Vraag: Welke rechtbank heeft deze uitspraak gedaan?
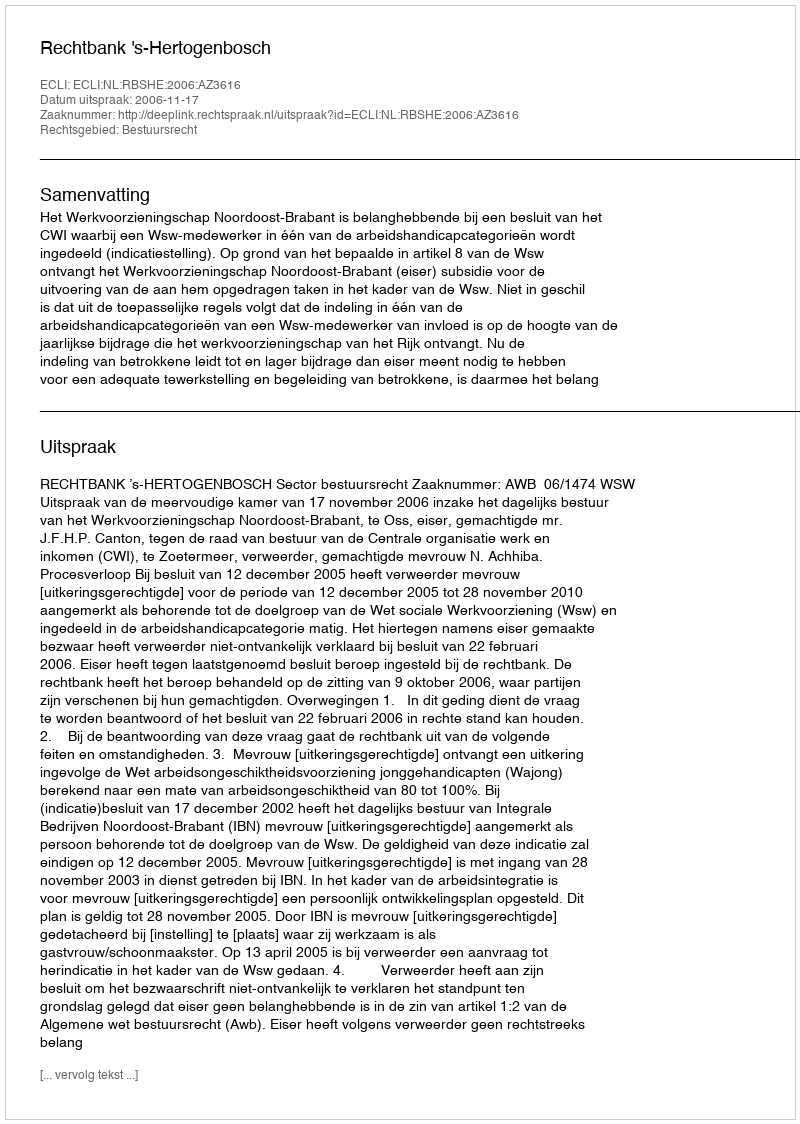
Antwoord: Rechtbank 's-Hertogenbosch